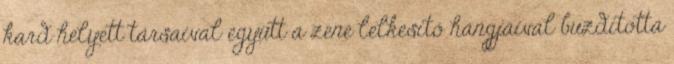
kard helyett társaival együtt a zene lelkesítő hangjaival buzdította